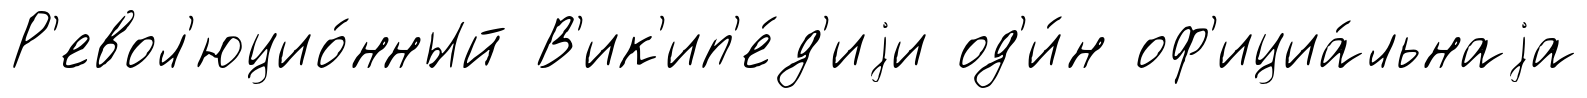
Р'евол'юцио́нный В'ик'ип'е́д'иjи од'и́н оф'ициа́льнаjа